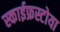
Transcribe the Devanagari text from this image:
स्काईफ्रस्टोया